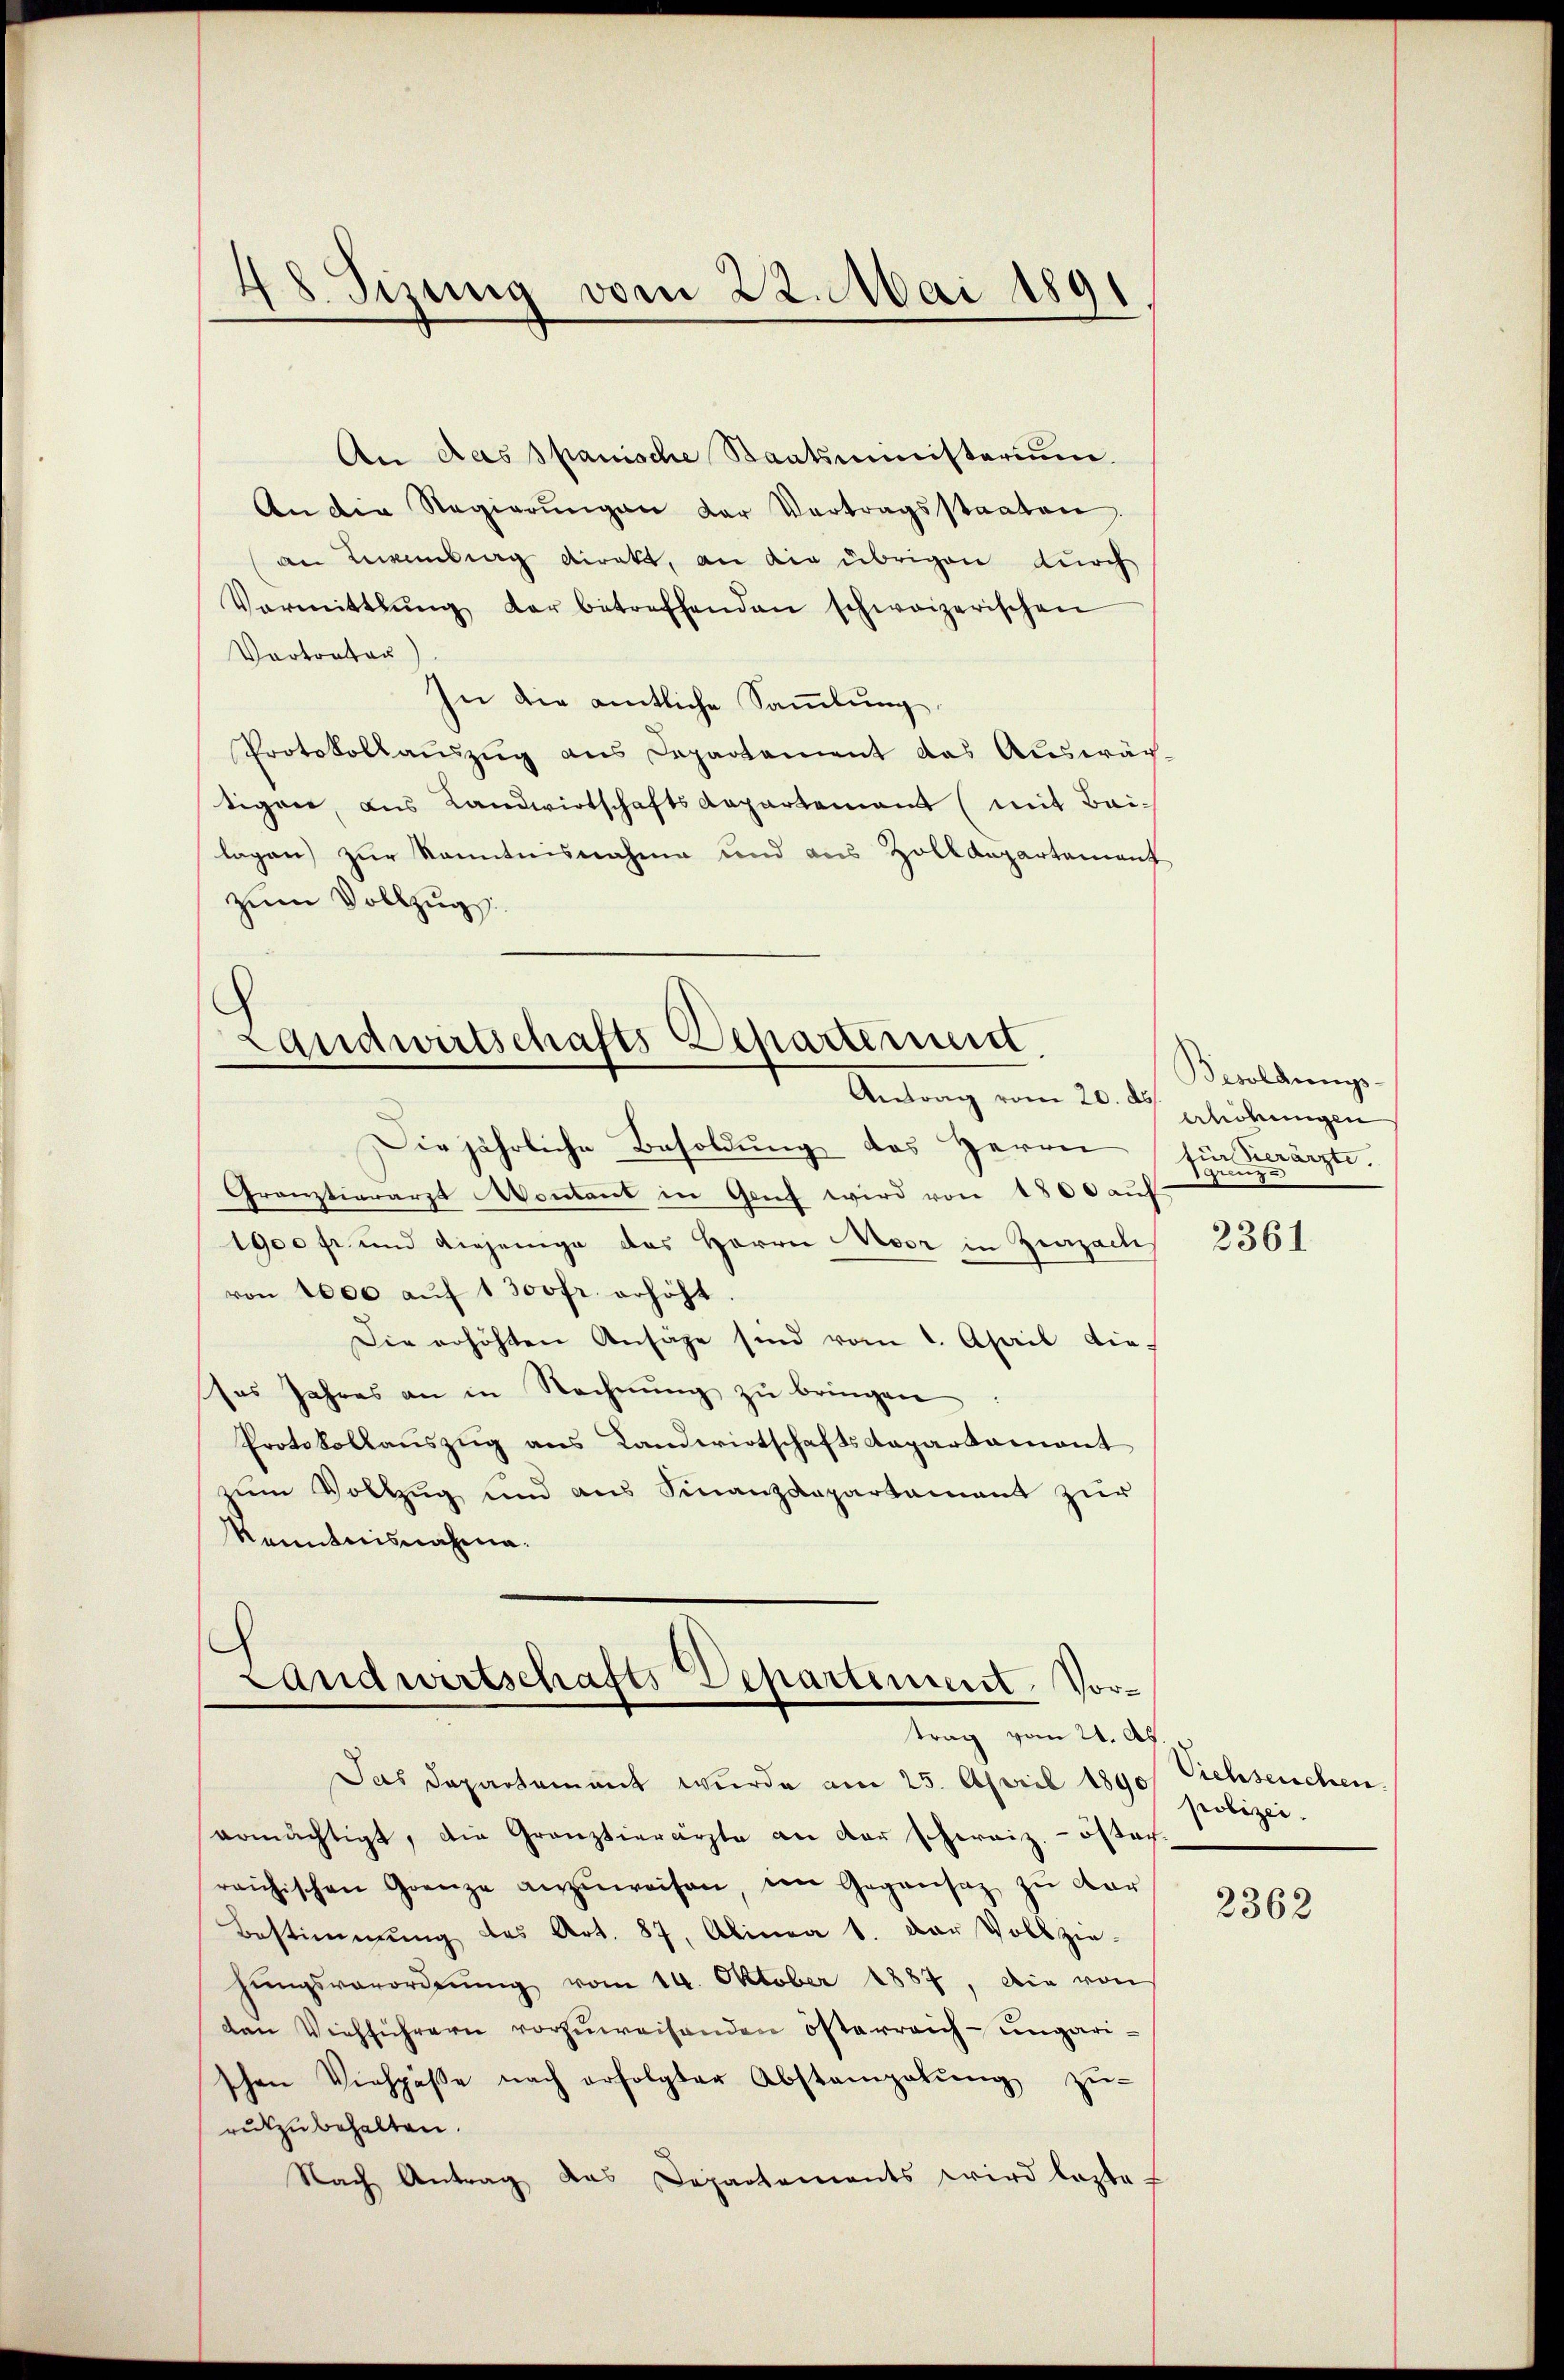
48 Sizung vom 22. Mai 1891

Landwirtschafts-Departement.
Antrag vom 20. d.

An das spanische Staatsministerium.
An die Regierŭngen der Vertragsstaaten.
an Beweibung direkt, an die übrigen durch
Vermittlung der betreffenden schweizerischen
Vortrator
In die amtliche Sammlung,
Protokollauszug aus Departement das Auswäch-
tigen, aus Landwirtschaftsdepartement (mit Bei-
lagen) zur Kenntnisnahme und aus Zolldepartement
zum Vollzugs

Landwirtschafts Departement. Vortrag vom 21. Ap

Die jährliche Besoldung des Herrn
Granztierarzt Montant in Genf wird von 1800 auf
1900 fr. und diejenige des Herrn Moor in Zurzach
von 1000 aŭf 1 300fr. erhöht.
Die erhöhten Ansäge sind vom 1. April die-
ses Jahres an in Rechnŭng zŭ bringen
Protokollauszug aus Landwirtschaftsdepartament
zum Vollzug und aus Finanzdepartement zur
Kenntnisnahmna¬

Das Departament wurde am 25. April 1890 Viehseuchen
ermächtigt, die Gränztierärzte an der schweiz.- öster
reichischen Grenze anzŭweisen, in Gegensatz zŭ dar
Bestimmung des Art. 87, Alina 1. Der Vollzie-
hŭngsverordnŭng vom 14. Oktober 1887, die von
den Viehführern vorzuweisenden österreich-ungarischen Viehpäße nach erfolgter Abstampalŭng zŭ-
rukzubehalten.
Nach Antrag das Departements wird laste

Besoldungs-
erhöhungen
tür verärzte.
gunz

2361

polizei.

2362